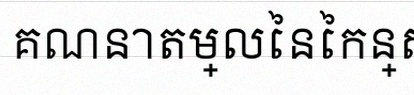
គណនាតម្លៃនៃកន្សោម